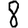
Digit: 8